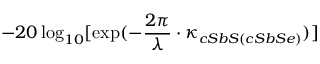
- 2 0 \log _ { 1 0 } [ \exp ( - \frac { 2 \pi } { \lambda } \cdot \kappa _ { c S b S ( c S b S e ) } ) ]